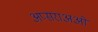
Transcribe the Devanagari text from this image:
अप्सराअओं